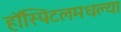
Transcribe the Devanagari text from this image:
हॉस्पिटलमधल्या